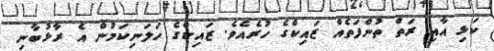
ކަޅި އާއި ރަތް ތުންފަތެއް ޒައިކްގެ ހުރެއެވެ. ޒައިކްގެ ހަލަނިކަމުން އެ ރާޅުބާނި